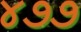
૪૭૭